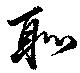
恥